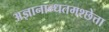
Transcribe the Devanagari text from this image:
अज्ञानान्धतमश्छेत्ता